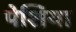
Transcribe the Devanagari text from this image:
पेशिया